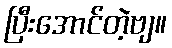
ပြီးအောင်တဲ့ဗျ။